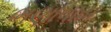
ભણાવાય